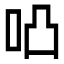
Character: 𠱂